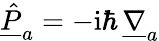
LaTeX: \underline{{\hat{P}}}_{a}=-\mathrm{i}\hbar\, \underline{{\nabla}}_{a}